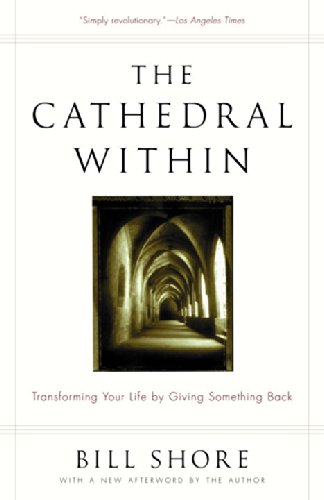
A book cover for The Cathedral Within: Transforming Your Life by Giving Something Back; Bill Shore; Business & Money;